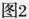
图2